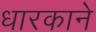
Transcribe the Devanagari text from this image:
धारकाने